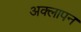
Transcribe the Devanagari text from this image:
अक्लापन